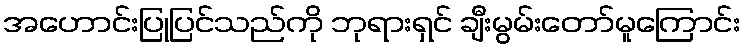
အဟောင်းပြုပြင်သည်ကို ဘုရားရှင် ချီးမွမ်းတော်မူကြောင်း